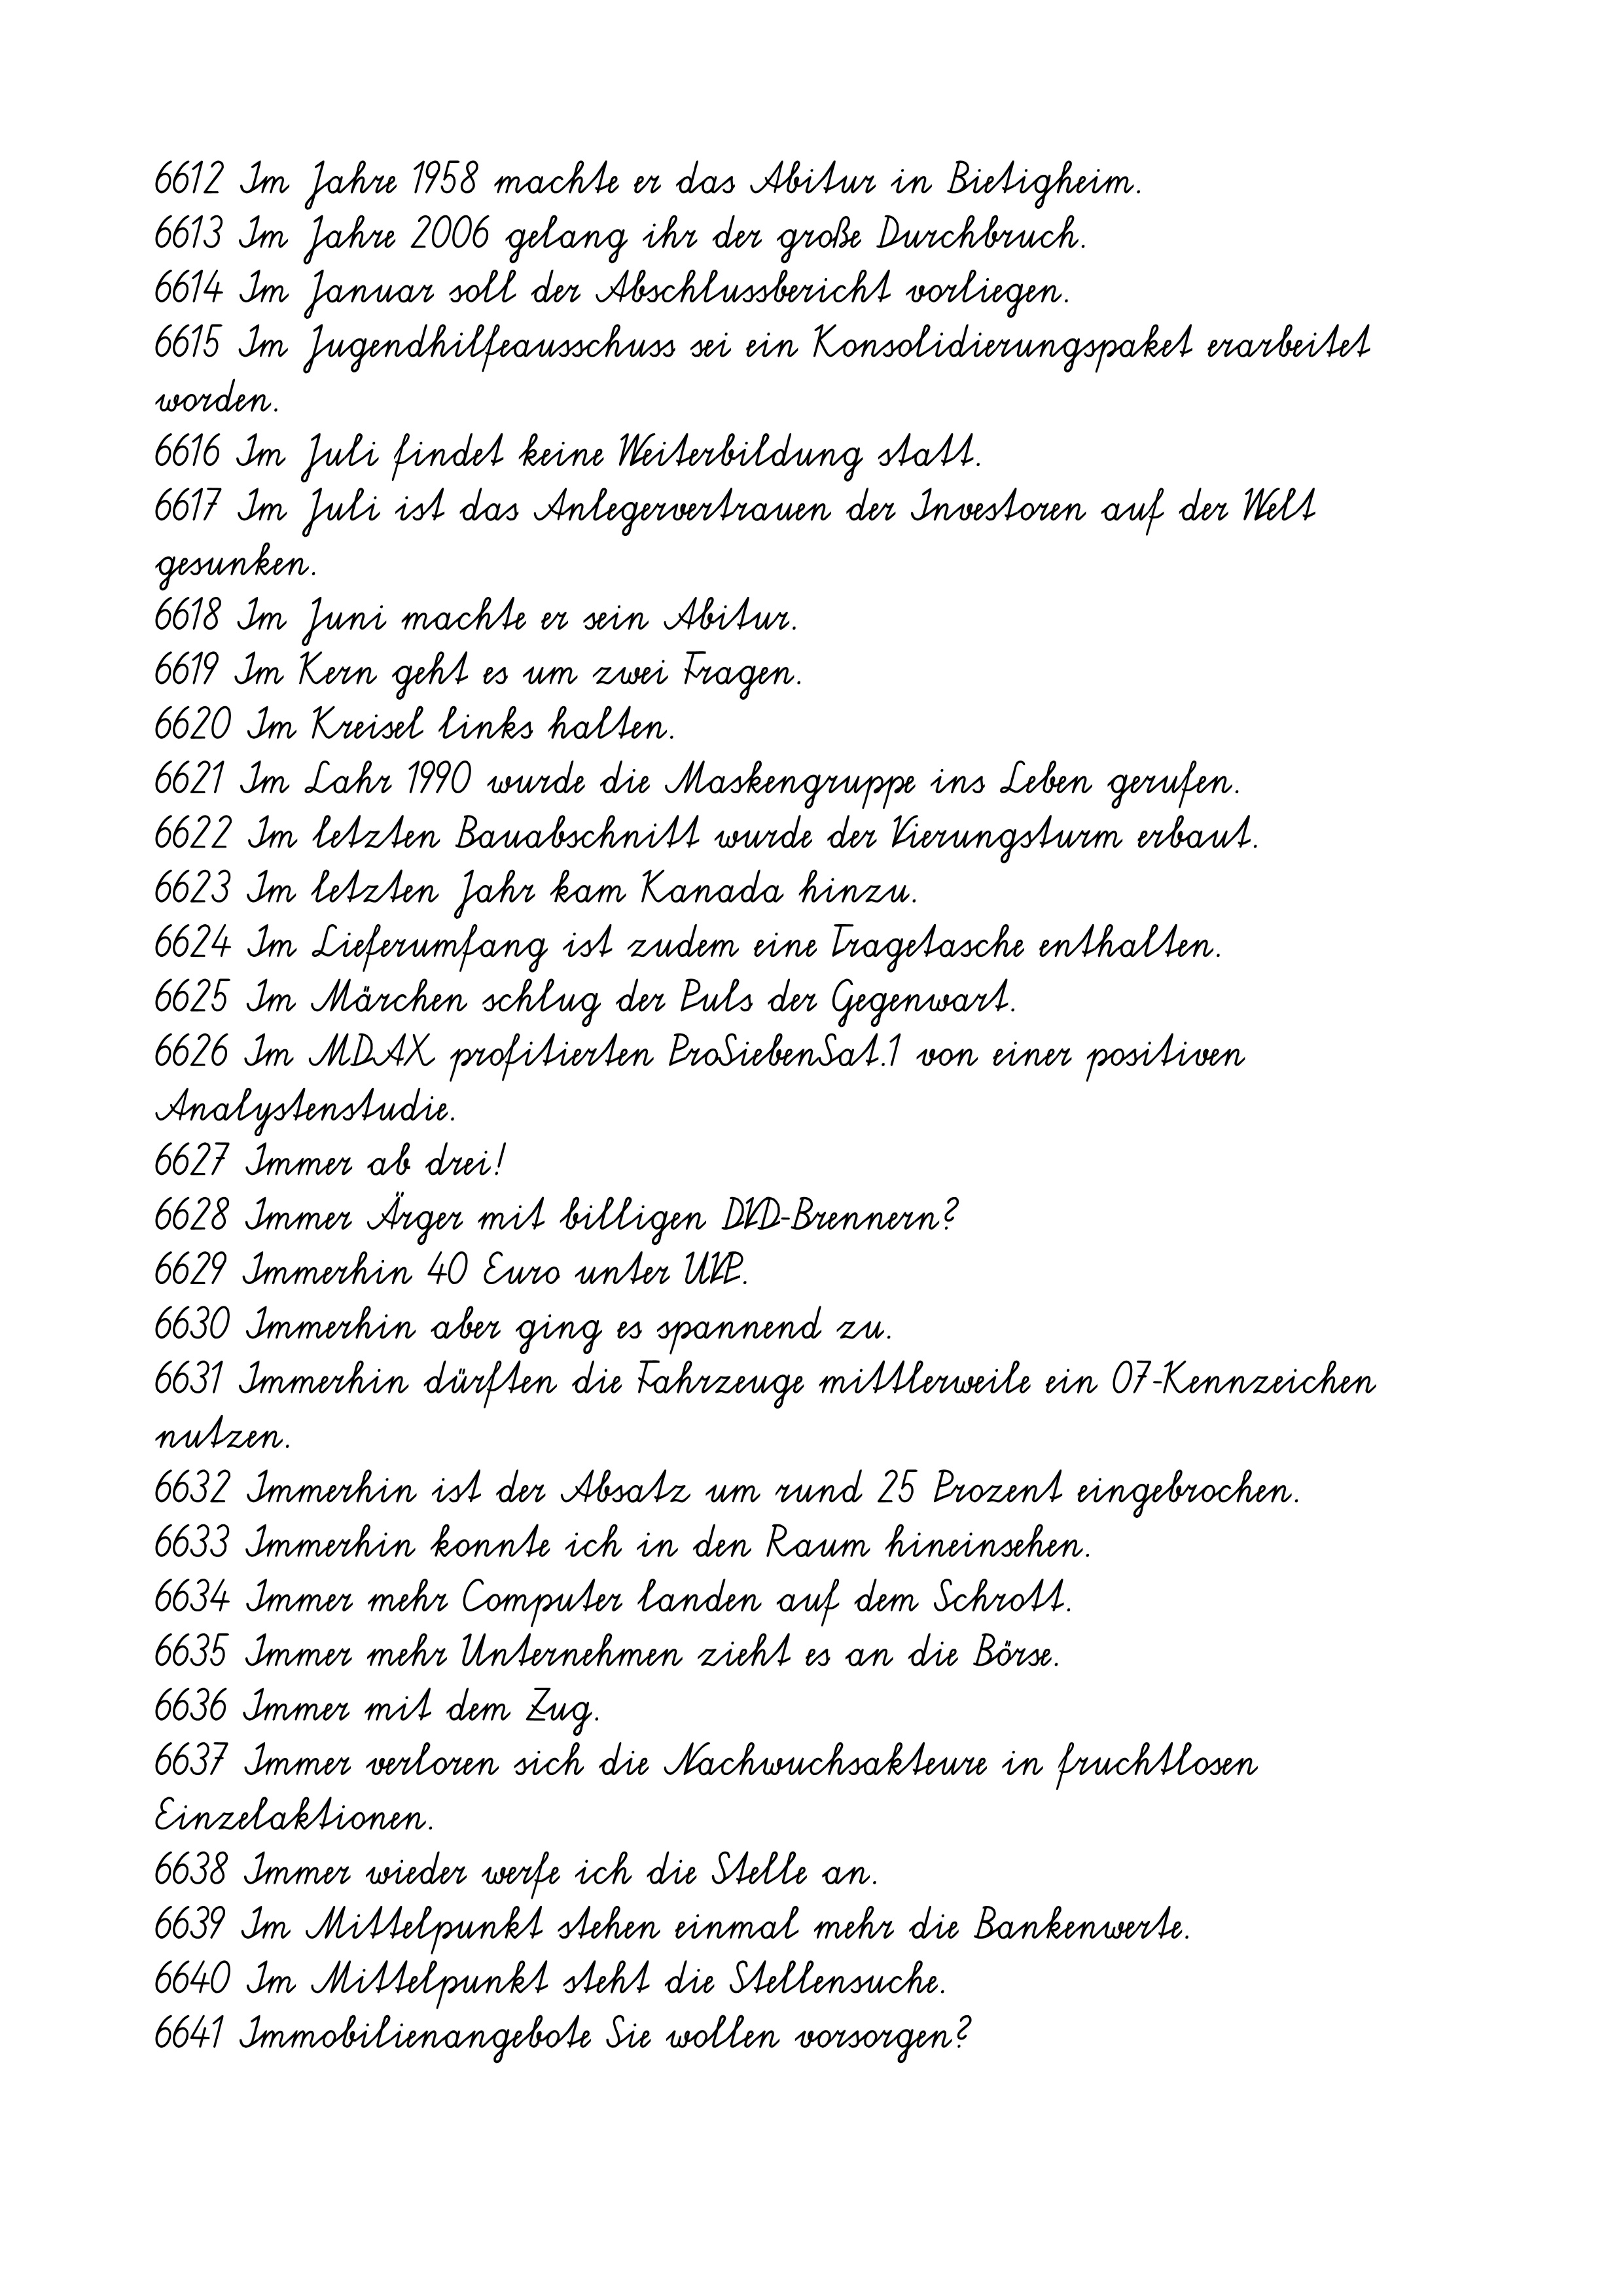
6612 Im Jahre 1958 machte er das Abitur in Bietigheim.
6613 Im Jahre 2006 gelang ihr der große Durchbruch.
6614 Im Januar soll der Abschlussbericht vorliegen.
6615 Im Jugendhilfeausschuss sei ein Konsolidierungspaket erarbeitet
worden.
6616 Im Juli findet keine Weiterbildung statt.
6617 Im Juli ist das Anlegervertrauen der Investoren auf der Welt
gesunken.
6618 Im Juni machte er sein Abitur.
6619 Im Kern geht es um zwei Fragen.
6620 Im Kreisel links halten.
6621 Im Lahr 1990 wurde die Maskengruppe ins Leben gerufen.
6622 Im letzten Bauabschnitt wurde der Vierungsturm erbaut.
6623 Im letzten Jahr kam Kanada hinzu.
6624 Im Lieferumfang ist zudem eine Tragetasche enthalten.
6625 Im Märchen schlug der Puls der Gegenwart.
6626 Im MDAX profitierten ProSiebenSat.1 von einer positiven
Analystenstudie.
6627 Immer ab drei!
6628 Immer Ärger mit billigen DVD-Brennern?
6629 Immerhin 40 Euro unter UVP.
6630 Immerhin aber ging es spannend zu.
6631 Immerhin dürften die Fahrzeuge mittlerweile ein 07-Kennzeichen
nutzen.
6632 Immerhin ist der Absatz um rund 25 Prozent eingebrochen.
6633 Immerhin konnte ich in den Raum hineinsehen.
6634 Immer mehr Computer landen auf dem Schrott.
6635 Immer mehr Unternehmen zieht es an die Börse.
6636 Immer mit dem Zug.
6637 Immer verloren sich die Nachwuchsakteure in fruchtlosen
Einzelaktionen.
6638 Immer wieder werfe ich die Stelle an.
6639 Im Mittelpunkt stehen einmal mehr die Bankenwerte.
6640 Im Mittelpunkt steht die Stellensuche.
6641 Immobilienangebote Sie wollen vorsorgen?